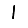
Digit: 1